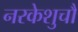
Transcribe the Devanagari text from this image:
नरकेशुचौ